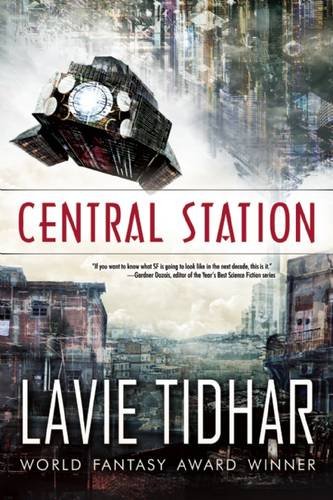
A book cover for Central Station; Lavie Tidhar; Science Fiction & Fantasy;